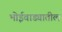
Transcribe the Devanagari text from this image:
भोईवाड्यातील